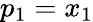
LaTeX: p_{1}=x_{1}